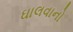
ઘાલવાનો